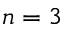
n = 3